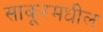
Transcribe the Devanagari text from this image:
साकूरमधील